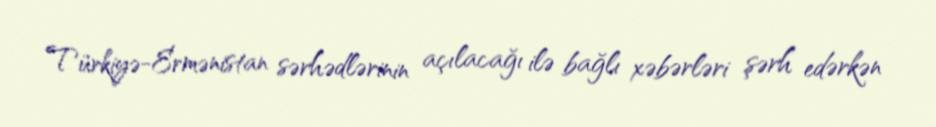
Türkiyə-Ermənistan sərhədlərinin açılacağı ilə bağlı xəbərləri şərh edərkən